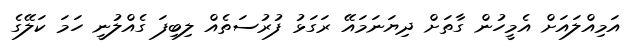
އަމިއްލައަށް އެމީހުން ގާތަށް ދިޔަނަމައޭ ރަގަޅު ފުރުސަތެއް ލިބިފަ ގެއްލުނީ ހަމަ ކަލޭގެ